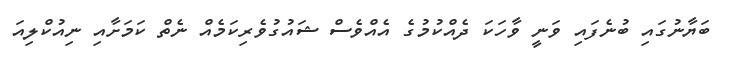
ބަޔާނުގައި ބުނެފައި ވަނީ ވާހަކަ ދެއްކުމުގެ އެއްވެސް ޝައުގުވެރިކަމެއް ނެތް ކަމަށާއި ނިއުކްލިއަ